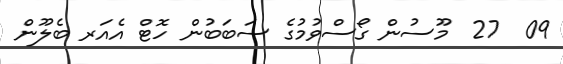
09  27  މޫސުން ގޯސްވުމުގެ ސަބަބުން ހޮޓް އެއަރ ބެލޫން